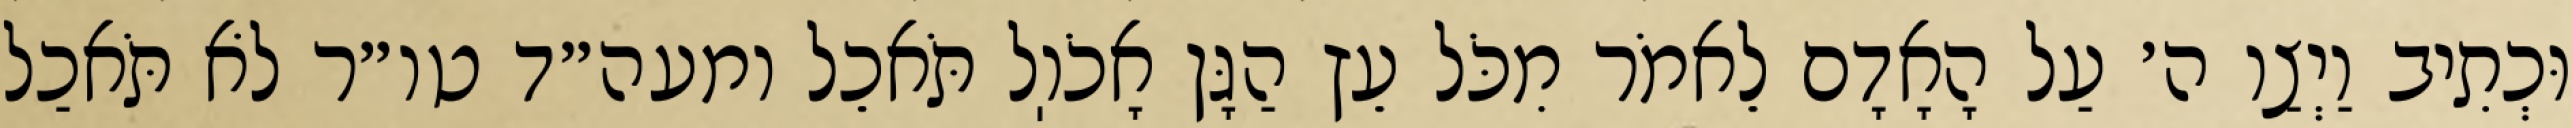
וּכְתִיב וַיְצַו ה׳ עַל הָאָדָם לֵאמֹר מִכֹּל עֵץ הַגָּן אָכֹוֽל תֹּאכֵל ומעה״ד טו״ר לֹא תֹּאכַל